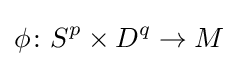
\phi \colon S^{p}\times D^{q}\to M